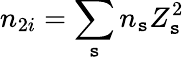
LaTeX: n_{2i}=\sum_{\mathtt{s}}n_{\mathtt{s}}Z_{\mathtt{s}}^{2}